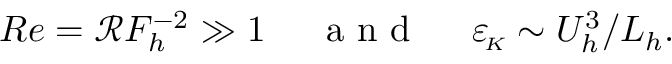
R e = \mathcal { R } F _ { h } ^ { - 2 } \gg 1 ~ ~ ~ ~ \mathrm { ~ a ~ n ~ d ~ } ~ ~ ~ ~ { \varepsilon _ { \! \scriptscriptstyle K } } \sim U _ { h } ^ { 3 } / L _ { h } .